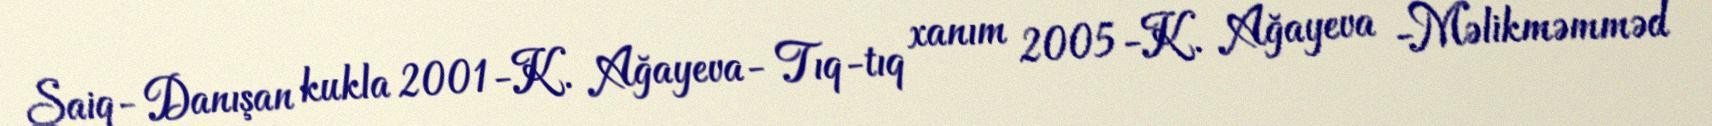
Şaiq- Danışan kukla 2001-K. Ağayeva- Tıq-tıq xanım 2005-K. Ağayeva -Məlikməmməd